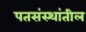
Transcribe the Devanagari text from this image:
पतसंस्थांतील